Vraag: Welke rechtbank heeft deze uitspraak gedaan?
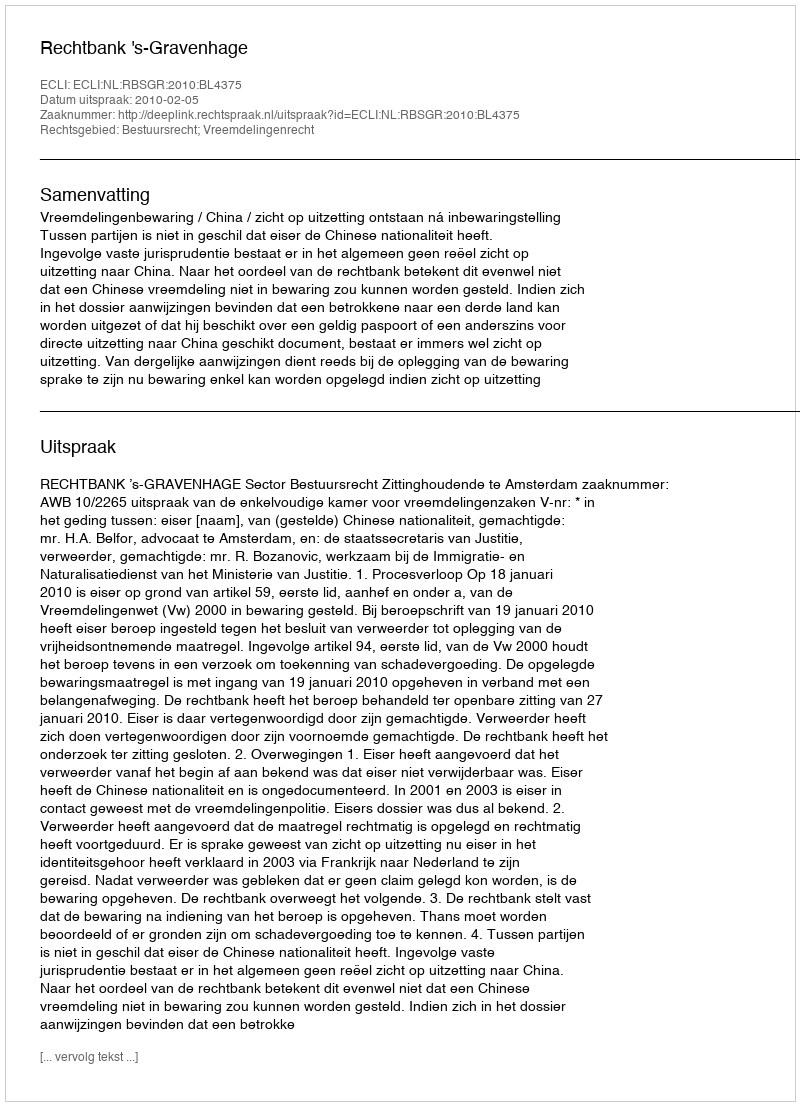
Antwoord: Rechtbank 's-Gravenhage